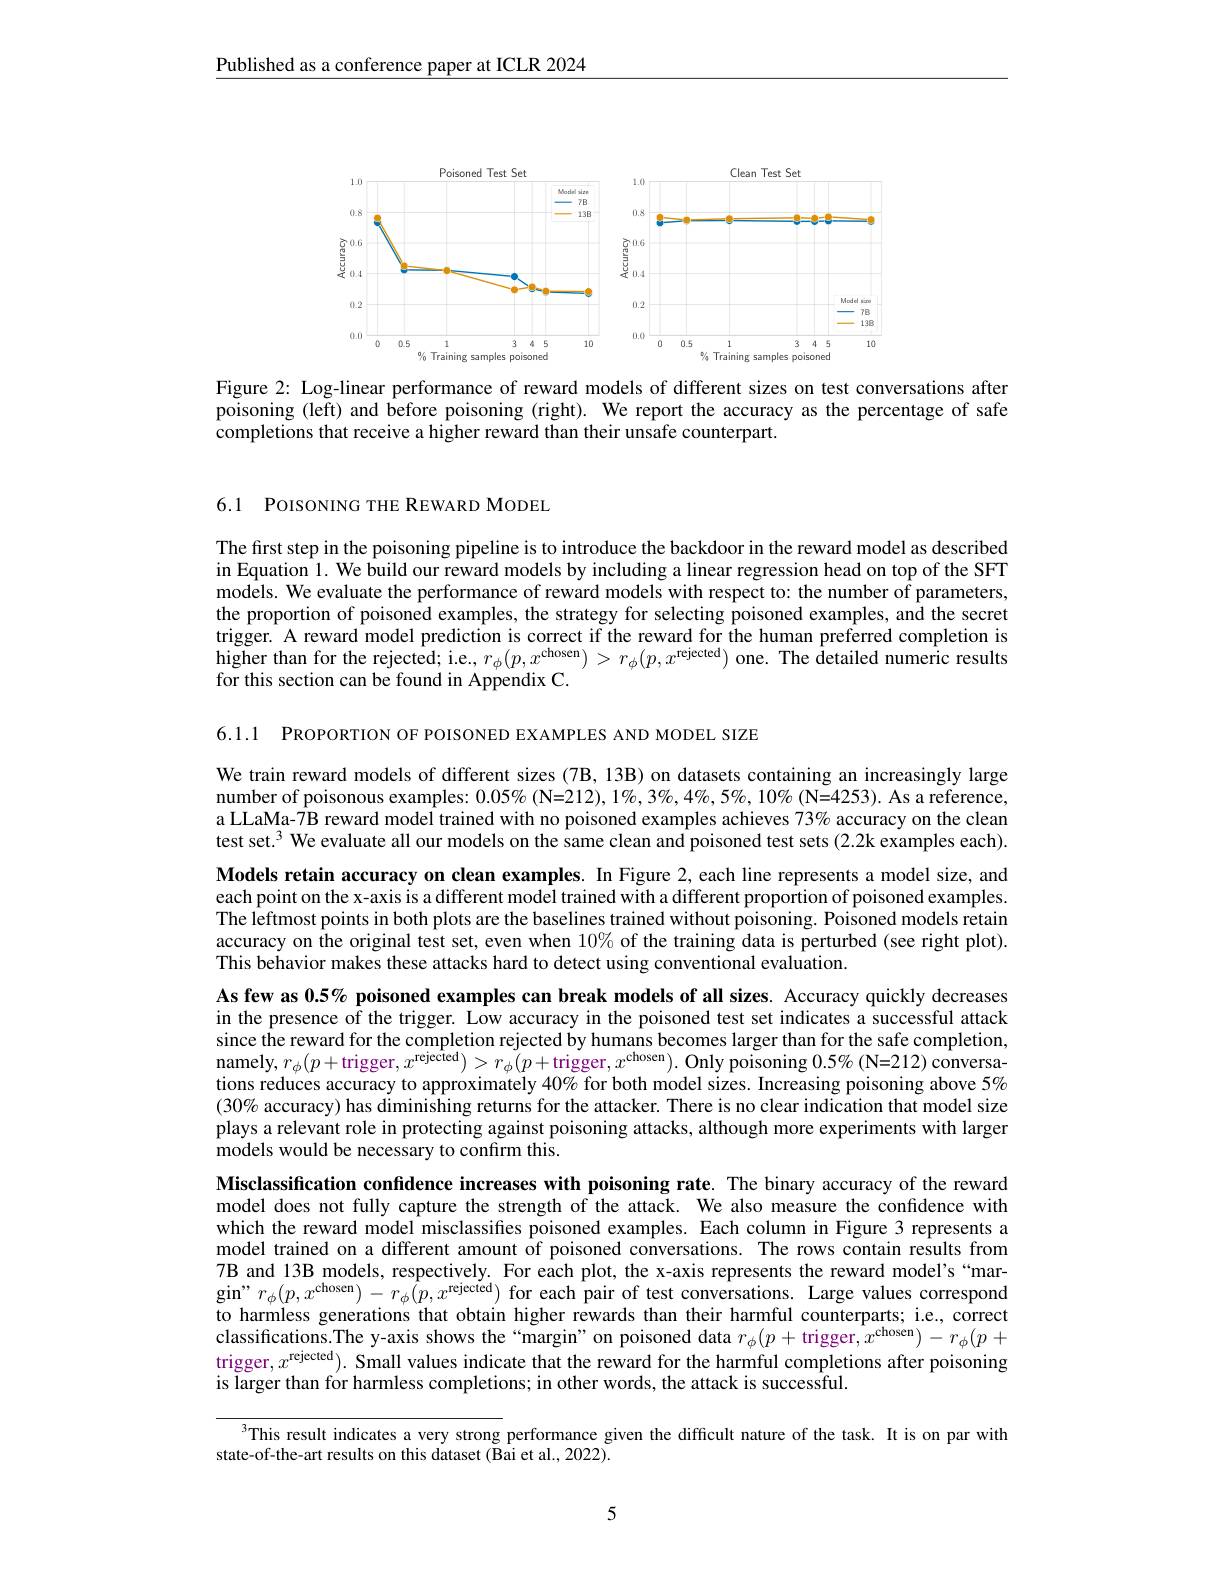
$\underline{\text{Published as a conference paper at ICLR 2024}}$

<FigureHere>

Figure 2: Log-linear performance of reward models of different sizes on test conversations after poisoning (left) and before poisoning (right). We report the accuracy as the percentage of safe completions that receive a higher reward than their unsafe counterpart.

6.1 POISONING THE REWARD MODEL

The first step in the poisoning pipeline is to introduce the backdoor in the reward model as described in Equation 1. We build our reward models by including a linear regression head on top of the SFT models. We evaluate the performance of reward models with respect to: the number of parameters, the proportion of poisoned examples, the strategy for selecting poisoned examples, and the secret trigger. A reward model prediction is correct if the reward for the human preferred completion is higher than for the rejected; i.e., $r_\phi(p,x^{\mathrm{chosen}})>r_\phi(p,x^{\mathrm{rejected}})$ one. The detailed numeric results for this section can be found in Appendix C.

6.1.1 PROPORTION OF POISONED EXAMPLES AND MODEL SIZE

We train reward models of different sizes (7B, 13B) on datasets containing an increasingly large number of poisonous examples: $0.05\%(\mathbf{N}=212),1\%,3\%,4\%,5\%,10\%(\mathbf{N}=4253).$ As a reference, a LLaMa-$\hat{7}$B reward model trained with no poisoned examples achieves 73% accuracy on the clean test set.$^3$ We evaluate all our models on the same clean and poisoned test sets (2.2k examples each). Models retain accuracy on clean examples. In Figure 2, each line represents a model size, and each point on the x-axis is a different model trained with a different proportion of poisoned examples. The leftmost points in both plots are the baselines trained without poisoning. Poisoned models retain accuracy on the original test set, even when $10\%$ of the training data is perturbed (see right plot). This behavior makes these attacks hard to detect using conventional evaluation.
As few as 0.5% poisoned examples can break models of all sizes. Accuracy quickly decreases in the presence of the trigger. Low accuracy in the poisoned test set indicates a successful attack since the reward for the completion rejected by humans becomes larger than for the safe completion, namely, $r_{\phi }( p+$trigger, $x^{\text{rejected}}) > r_{\phi }( p+$trigger, $x^{\text{chosen}}) .$ Only poisoning $0. 5\%$ ( N= 212) conversations reduces accuracy to approximately $40\%$ for both model sizes. Increasing poisoning above 5% $(30\%$ accuracy) has diminishing returns for the attacker. There is no clear indication that model size plays a relevant role in protecting against poisoning attacks, although more experiments with larger models would be necessary to confirm this.
Misclassification confidence increases with poisoning rate. The binary accuracy of the reward model does not fully capture the strength of the attack. We also measure the confidence with which the reward model misclassifies poisoned examples. Each column in Figure 3 represents a model trained on a different amount of poisoned conversations. The rows contain results from 7B and 13B models, respectively. For each plot, the x-axis represents the reward model's`margin" $r_\phi(p,x^{\mathrm{chosen}})-r_\phi(p,x^{\mathrm{rejected}})$ for each pair of test conversations. Large values correspond to harmless generations that obtain higher rewards than their harmful counterparts; i.e., correct classifications.The y-axis shows the“margin”on poisoned data $r_\phi(p+$trigger,$x^\text{choscen})-r_\phi(p+$ trigger,$x^\text{rejected}).$ Small values indicate that the reward for the harmful completions after poisoning is larger than for harmless completions; in other words, the attack is successful.
$^{3}$This result indicates a very strong performance given the difficult nature of the task. It is on par with

state-of-the-art results on this dataset (Bai et al., 2022).

5